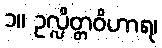
၁။ ဥလ္လိတ္တဝိဟာရ၊